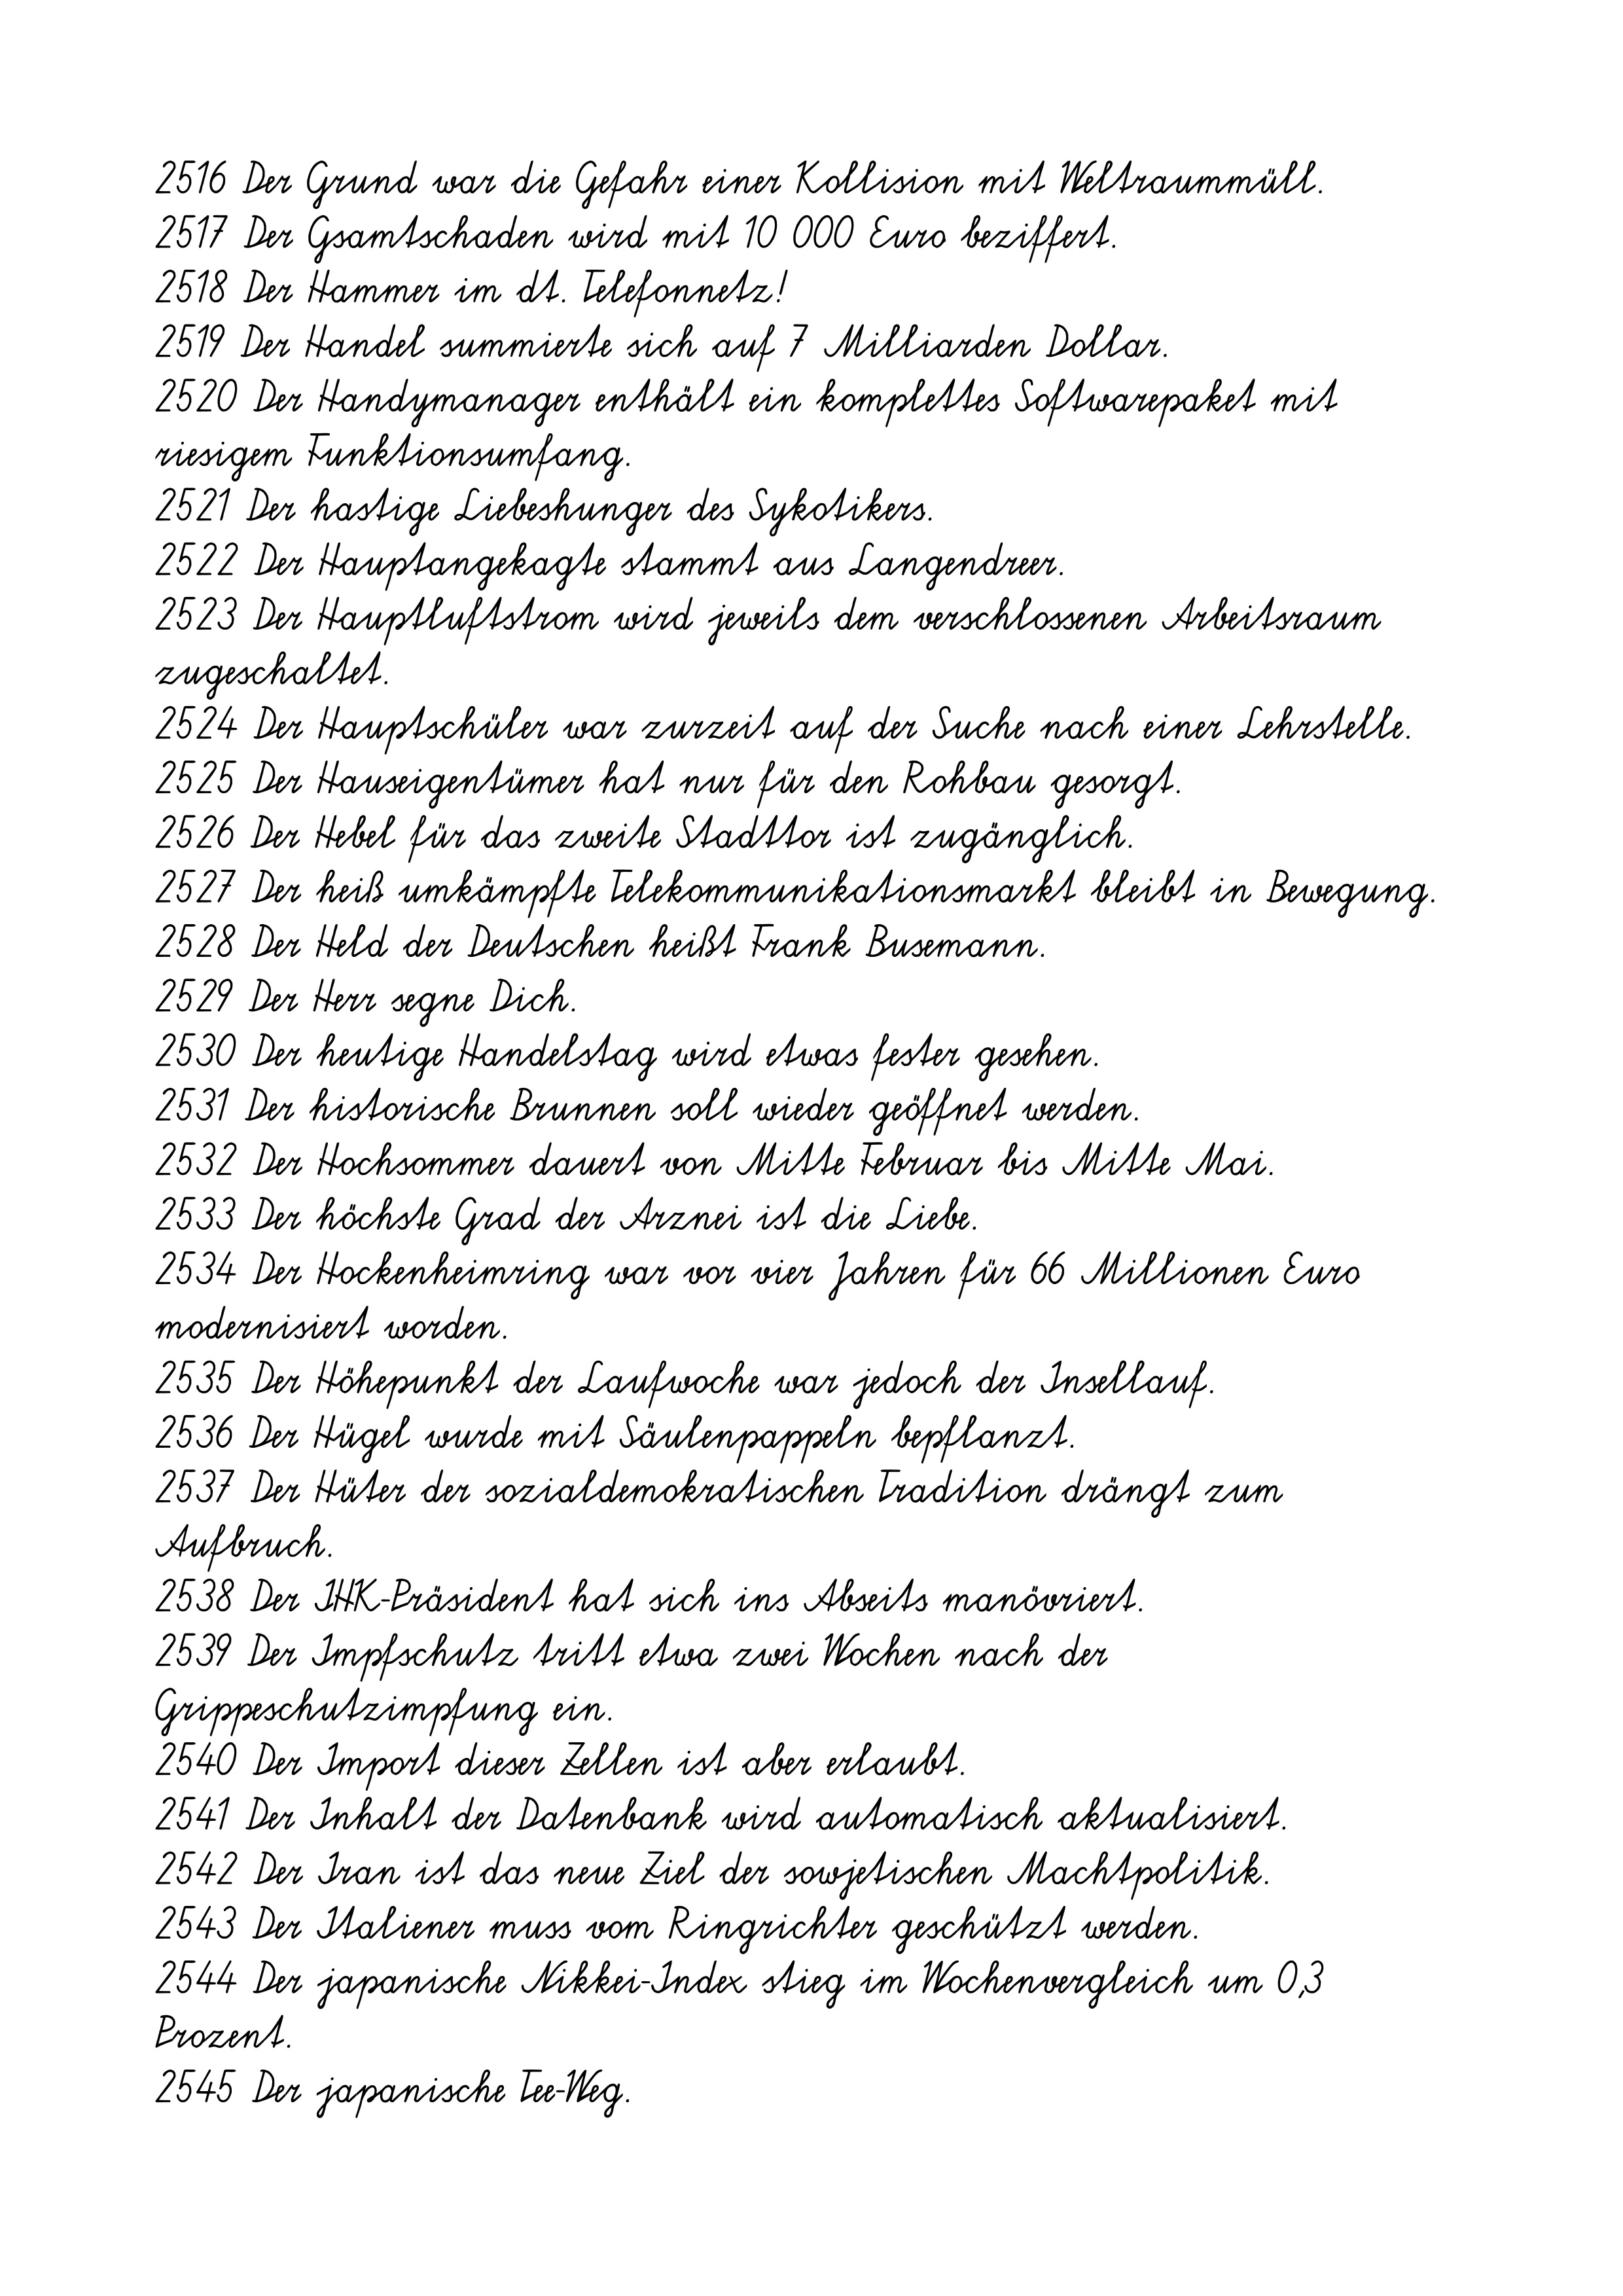
2516 Der Grund war die Gefahr einer Kollision mit Weltraummüll.
2517 Der Gsamtschaden wird mit 10 000 Euro beziffert.
2518 Der Hammer im dt. Telefonnetz!
2519 Der Handel summierte sich auf 7 Milliarden Dollar.
2520 Der Handymanager enthält ein komplettes Softwarepaket mit
riesigem Funktionsumfang.
2521 Der hastige Liebeshunger des Sykotikers.
2522 Der Hauptangekagte stammt aus Langendreer.
2523 Der Hauptluftstrom wird jeweils dem verschlossenen Arbeitsraum
zugeschaltet.
2524 Der Hauptschüler war zurzeit auf der Suche nach einer Lehrstelle.
2525 Der Hauseigentümer hat nur für den Rohbau gesorgt.
2526 Der Hebel für das zweite Stadttor ist zugänglich.
2527 Der heiß umkämpfte Telekommunikationsmarkt bleibt in Bewegung.
2528 Der Held der Deutschen heißt Frank Busemann.
2529 Der Herr segne Dich.
2530 Der heutige Handelstag wird etwas fester gesehen.
2531 Der historische Brunnen soll wieder geöffnet werden.
2532 Der Hochsommer dauert von Mitte Februar bis Mitte Mai.
2533 Der höchste Grad der Arznei ist die Liebe.
2534 Der Hockenheimring war vor vier Jahren für 66 Millionen Euro
modernisiert worden.
2535 Der Höhepunkt der Laufwoche war jedoch der Insellauf.
2536 Der Hügel wurde mit Säulenpappeln bepflanzt.
2537 Der Hüter der sozialdemokratischen Tradition drängt zum
Aufbruch.
2538 Der IHK-Präsident hat sich ins Abseits manövriert.
2539 Der Impfschutz tritt etwa zwei Wochen nach der
Grippeschutzimpfung ein.
2540 Der Import dieser Zellen ist aber erlaubt.
2541 Der Inhalt der Datenbank wird automatisch aktualisiert.
2542 Der Iran ist das neue Ziel der sowjetischen Machtpolitik.
2543 Der Italiener muss vom Ringrichter geschützt werden.
2544 Der japanische Nikkei-Index stieg im Wochenvergleich um 0,3
Prozent.
2545 Der japanische Tee-Weg.